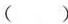
( )